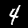
Digit: 4